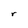
Character: r